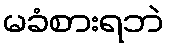
မခံစားရဘဲ